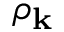
\rho _ { \mathbf { k } }